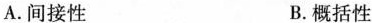
A.间接性 B.概括性